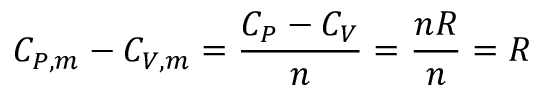
C _ { P , m } - C _ { V , m } = { \frac { C _ { P } - C _ { V } } { n } } = { \frac { n R } { n } } = R